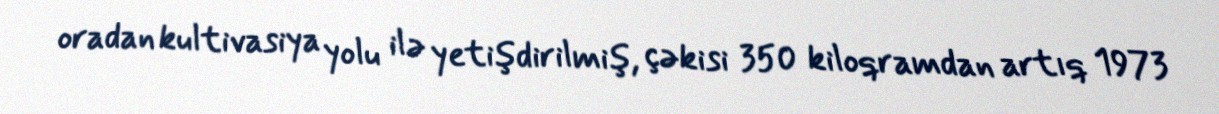
oradan kultivasiya yolu ilə yetişdirilmiş, çəkisi 350 kiloqramdan artıq 1973